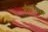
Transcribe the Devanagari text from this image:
नीहारिकामें